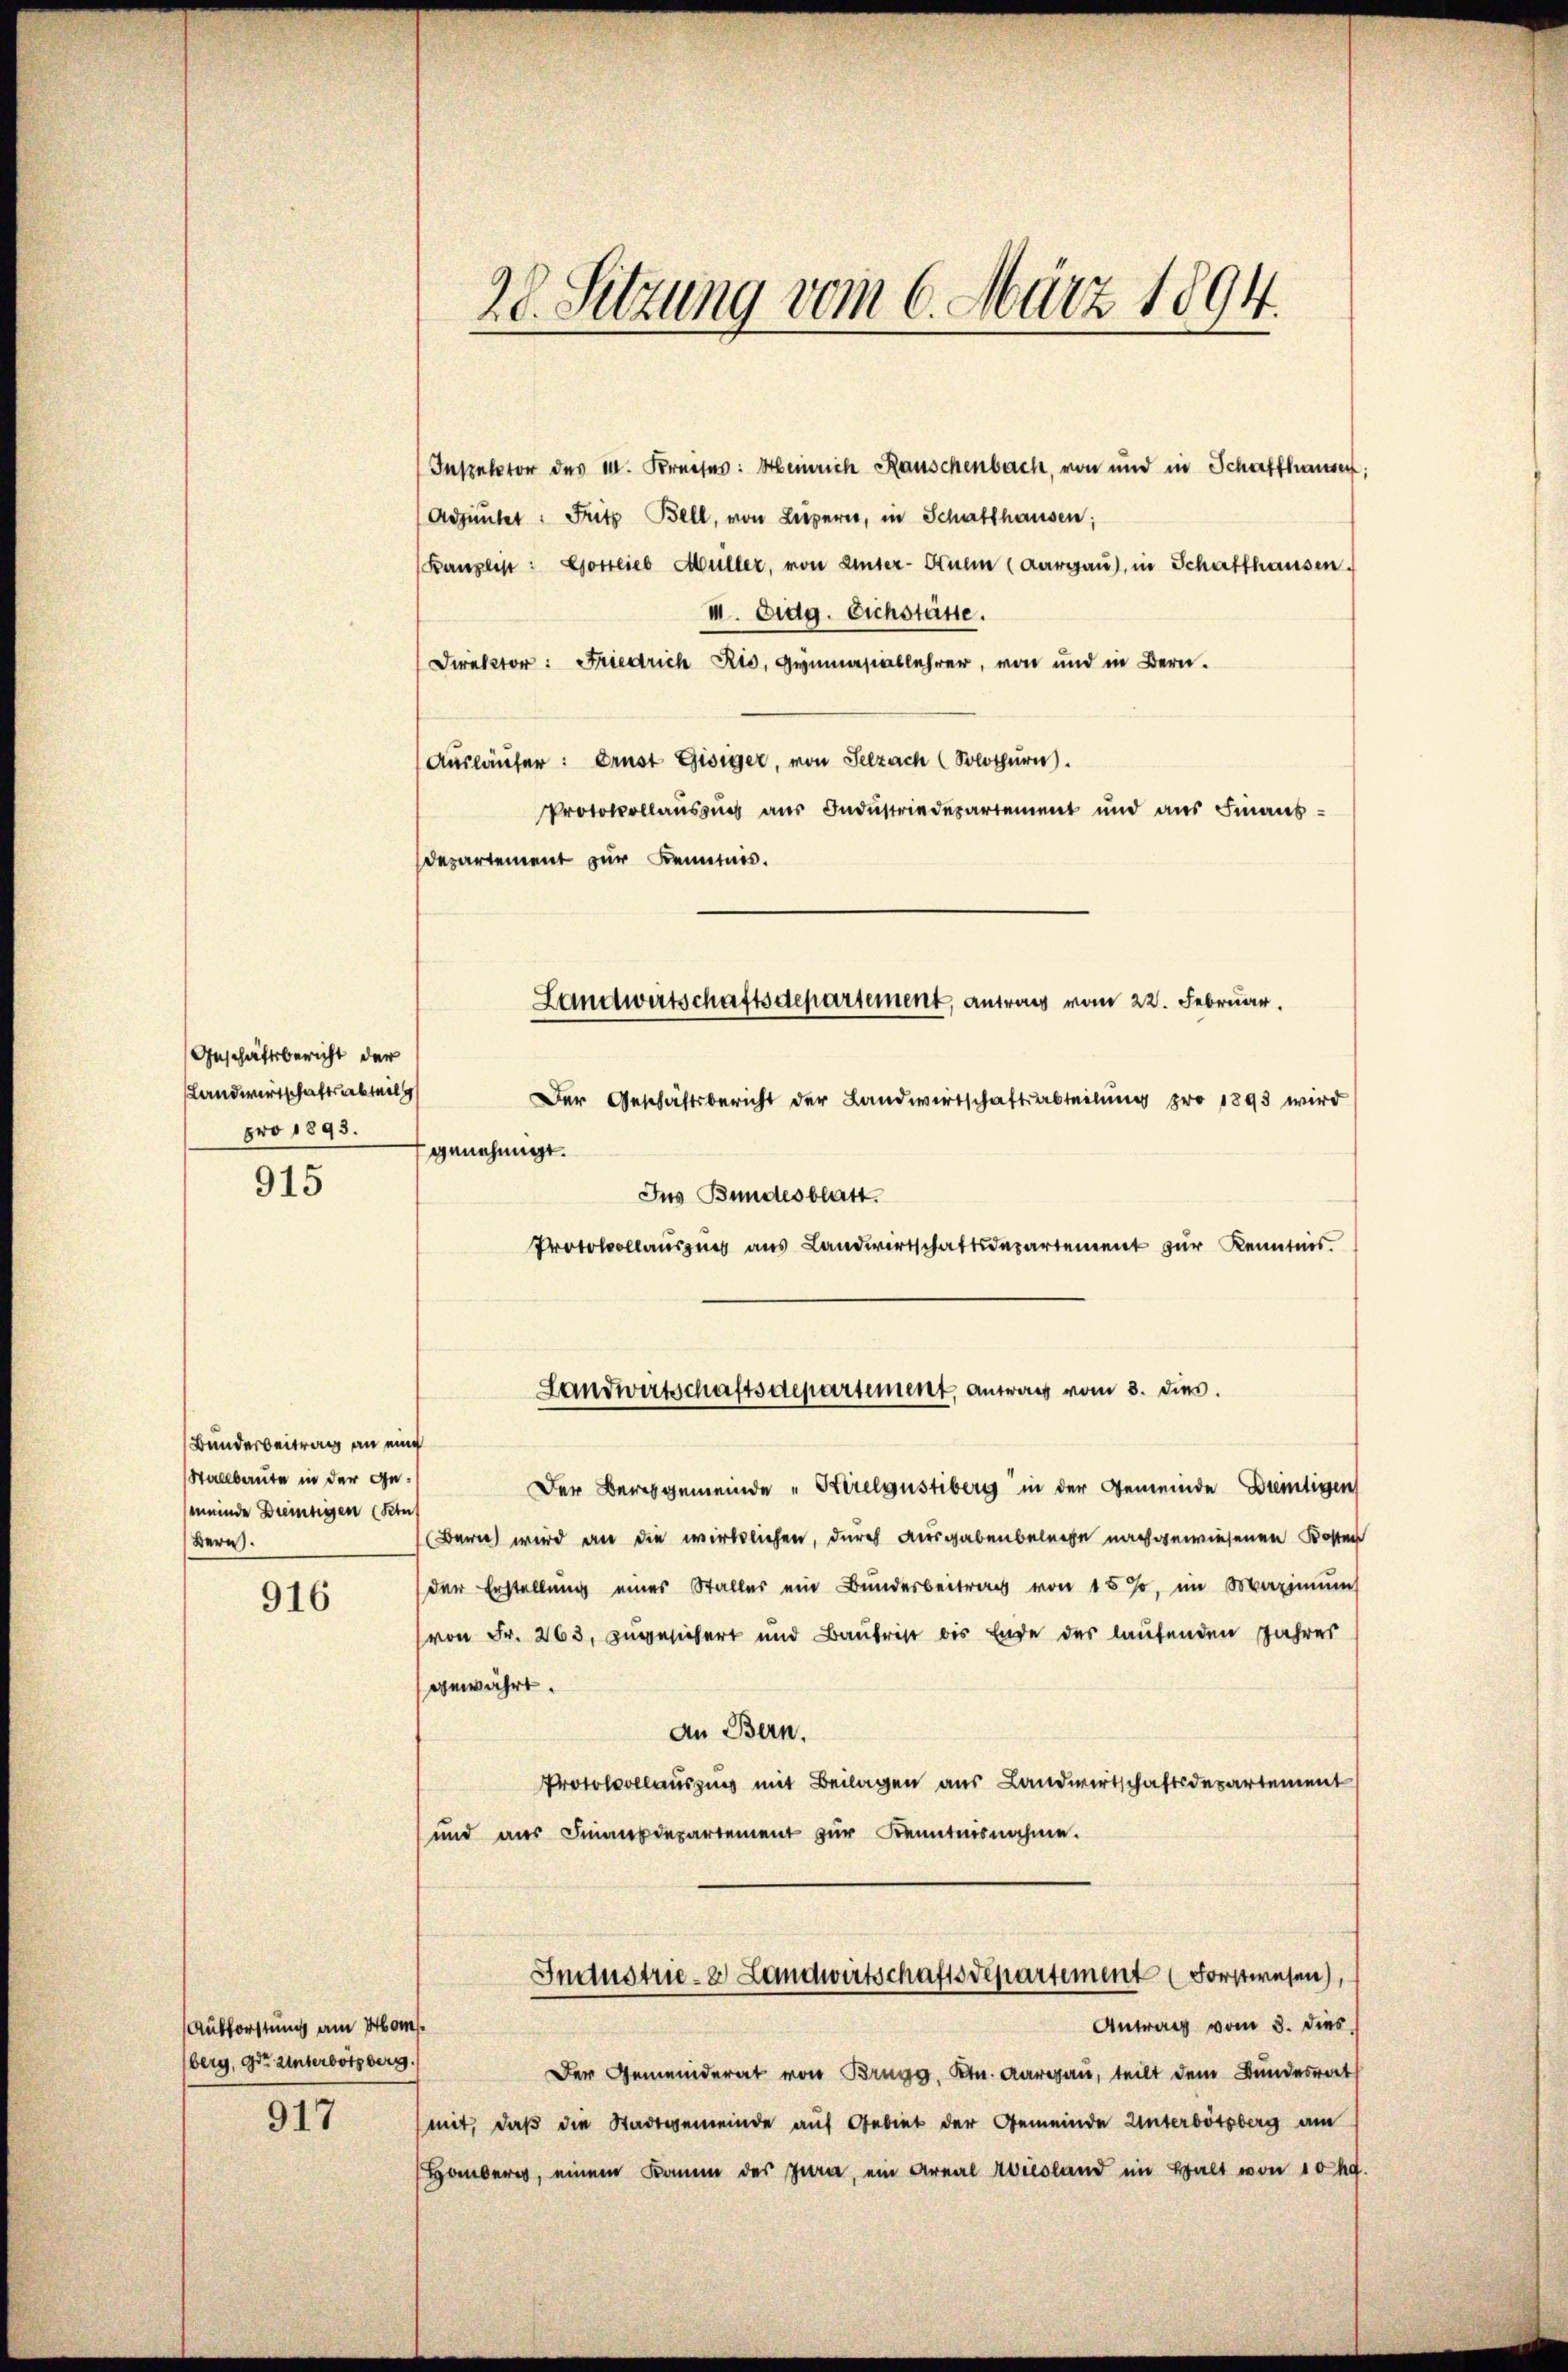
Geschäftsbericht der
Landwirtschaftsabteil
pro 1893.

915

Bundesbeitrag an eine
Stallbaute in der Ge¬
(meinde Breitigen (Kuh
Bern.

916

Aufforstung am Mom
berg, der Unterbötzberg.

917

28. Setzung vom 6. März 1894.

Inspektor des 10. Kreises: Heinrich Rauschenbach, von und in Schaffhausen:
Adjüntet: Fritz Bell, von Liegern, in Schaffhausen;
Kanzlist: Gottlieb Müller, von Unter-Auem (Aargau), in Schaffhausen.
III. Eidg. Eichstätte.
Direktor: Friedrich Rio, Gymnasiallehrer, von und in Bern.
Ausläufer: Ernst Gisiger, von Selzach (Solothurn.
Protokollauszug aus Industriedepartement und aus Finaus¬
Departement zur Kenntnis.
Der Geschäftsbericht der Landwirtschaftsabteilŭng pro 1893 wird
genehmigt.
Ius Bundesblatt.
Protokollauszug aus Landwirtschaftsdepartement zur Kenntnis.
Landwirtschaftsdepartement, antrag vom 3. dies.
Der Berggemeinde „Sirelgustiberg in der Gemeinde Dreitigen
(Bern wird an die wirklichen, durch Ausgabenbelege nachgewiesenen Kosten
der Erstellung eines Staller ein Bunderbeitrag von 15 %, im Maximŭng
von Fr. 263, zugesichert und Baurist bis Ende des laufenden Jahres
gewährt.
An Bern.
mit
Protokollauszung mit Beilagen aus Landwirtschaftsdepar
und aus Finanzdepartement zur Kenntnisnahme.
Industrie-8 Landwirtschaftsdepartement (Forstwesen),
Antrag vom 3. dies
Der Gemeinderat von Brugg, Ktn. Aargau, teilt dem Bundesrat
mit, daß die Stadtgemeinde auf Gebiet der Gemeinde Unterbötzberg am
Honderes, einem Kamm des Jura, ein Areal Wiesland im Halt von 10 kg.

Landwirtschaftsdepartement, antrag vom 22. Februar.